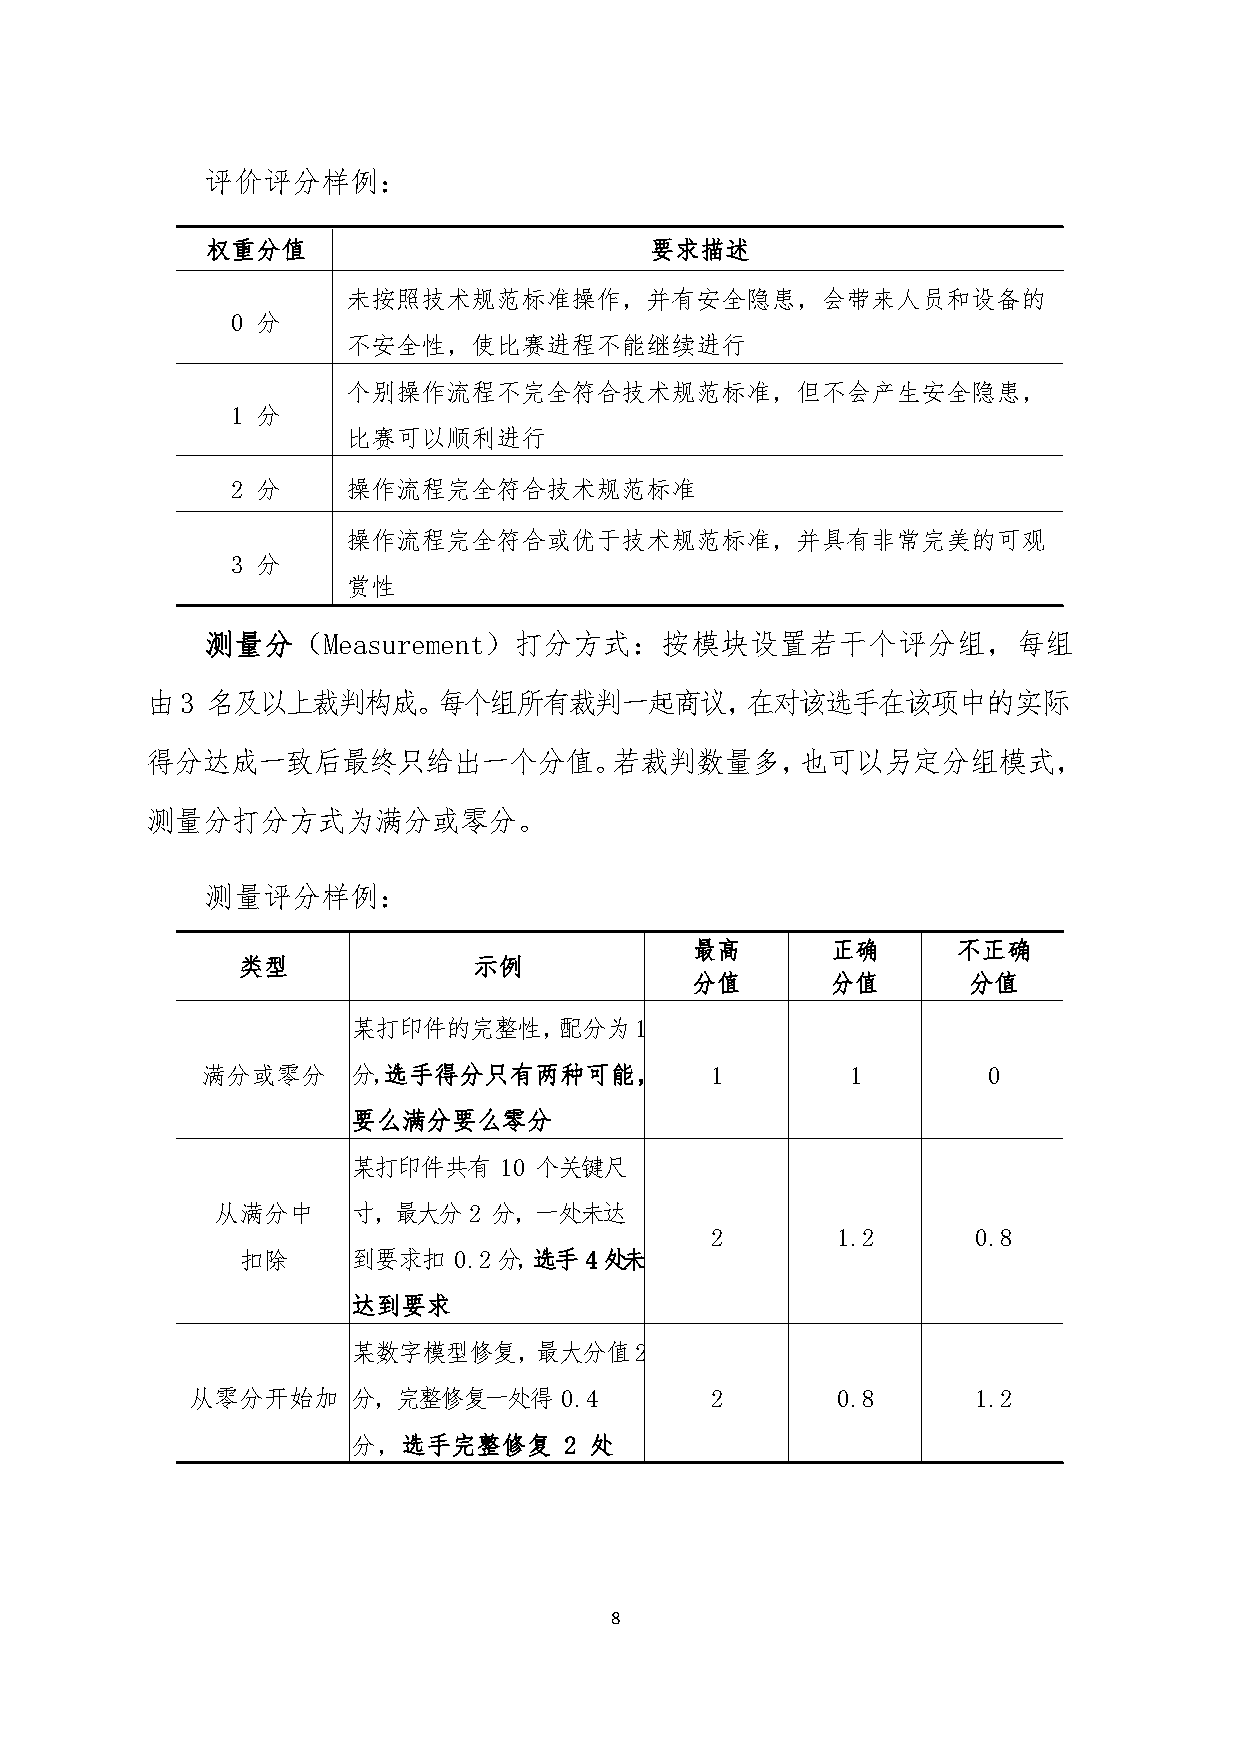
评价评分样例：
 权重分值                         要求描述
 未按照技术规范标准操作，并有安全隐患，会带来人员和设备的
 0 分
 不安全性，使比赛进程不能继续进行
 个别操作流程不完全符合技术规范标准，但不会产生安全隐患，
 1 分
 比赛可以顺利进行
 2 分     操作流程完全符合技术规范标准
 操作流程完全符合或优于技术规范标准，并具有非常完美的可观
 3 分
 赏性
 测量分（Measurement）打分方式：按模块设置若干个评分组，每组
 由3  名及以上裁判构成。每个组所有裁判一起商议，在对该选手在该项中的实际
 得分达成一致后最终只给出一个分值。若裁判数量多，也可以另定分组模式，
 测量分打分方式为满分或零分。
 测量评分样例：
 最高       正确      不正确
 类型             示例
 分值       分值       分值
 某打印件的完整性，配分为1
 满分或零分     分，选手得分只有两种可能，           1        1        0
 要么满分要么零分
 某打印件共有    10 个关键尺
 从满分中     寸，最大分2   分，一处未达
 2       1.2       0.8
 扣除     到要求扣   0.2分，选手4处未
 达到要求
 某数字模型修复，最大分值2
 从零分开始加     分，完整修复一处得     0.4       2       0.8       1.2
 分，选手完整修复      2 处
 8